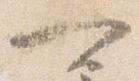
可